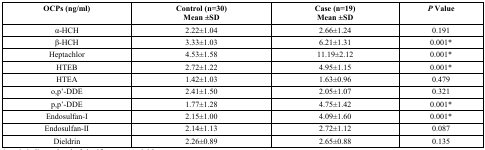
<table><thead><tr><td><b>OCPs (ng/ml)</b></td><td><b>Control (n=30)Mean ±SD</b></td><td><b>Case (n=19)Mean ±SD</b></td><td><b><i>P</i> Value</b></td></tr></thead><tbody><tr><td>α-HCH</td><td>2.22±1.04</td><td>2.66±1.24</td><td>0.191</td></tr><tr><td>β-HCH</td><td>3.33±1.03</td><td>6.21±1.31</td><td>0.001*</td></tr><tr><td>Heptachlor</td><td>4.53±1.58</td><td>11.19±2.12</td><td>0.001*</td></tr><tr><td>HTEB</td><td>2.72±1.22</td><td>4.95±1.15</td><td>0.001*</td></tr><tr><td>HTEA</td><td>1.42±1.03</td><td>1.63±0.96</td><td>0.479</td></tr><tr><td>o,p’-DDE</td><td>2.41±1.50</td><td>2.05±1.07</td><td>0.321</td></tr><tr><td>p,p’-DDE</td><td>1.77±1.28</td><td>4.75±1.42</td><td>0.001*</td></tr><tr><td>Endosulfan-I</td><td>2.15±1.00</td><td>4.09±1.60</td><td>0.001*</td></tr><tr><td>Endosulfan-II</td><td>2.14±1.13</td><td>2.72±1.12</td><td>0.087</td></tr><tr><td>Dieldrin</td><td>2.26±0.89</td><td>2.65±0.88</td><td>0.135</td></tr></tbody></table>